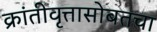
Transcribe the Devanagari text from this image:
क्रांतीवृत्तासोबतचा